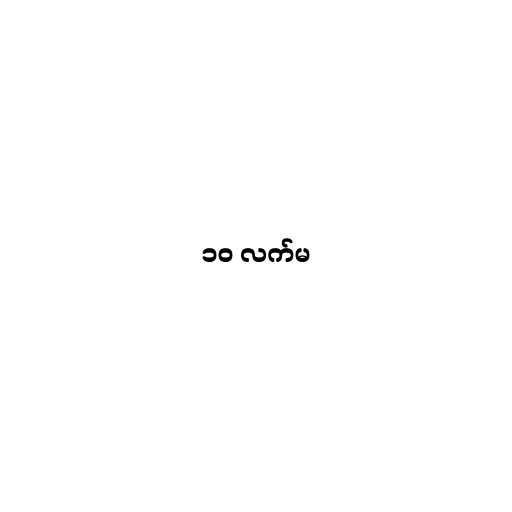
၁၀ လက်မ